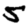
Digit: 5